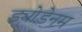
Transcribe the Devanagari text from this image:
ड्योडेनम